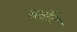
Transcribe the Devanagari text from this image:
ब्‍लॉट